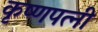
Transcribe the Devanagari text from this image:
कृष्णपत्‍नी